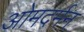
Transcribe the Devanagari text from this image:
ओमदर्मन